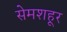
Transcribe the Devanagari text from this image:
सेमशहूर